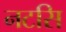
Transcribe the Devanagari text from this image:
नटसि